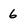
Character: 6